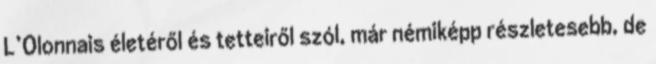
L’Olonnais életéről és tetteiről szól, már némiképp részletesebb, de